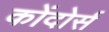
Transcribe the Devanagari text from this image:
कोंदोर्स